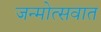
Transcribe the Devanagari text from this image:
जन्मोत्सवात